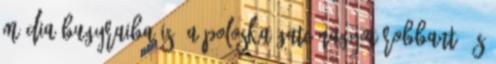
média bugyraiba is. A poloska gate nagyot robbant, és